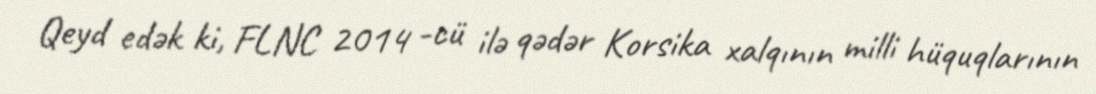
Qeyd edək ki, FLNC 2014 -cü ilə qədər Korsika xalqının milli hüquqlarının